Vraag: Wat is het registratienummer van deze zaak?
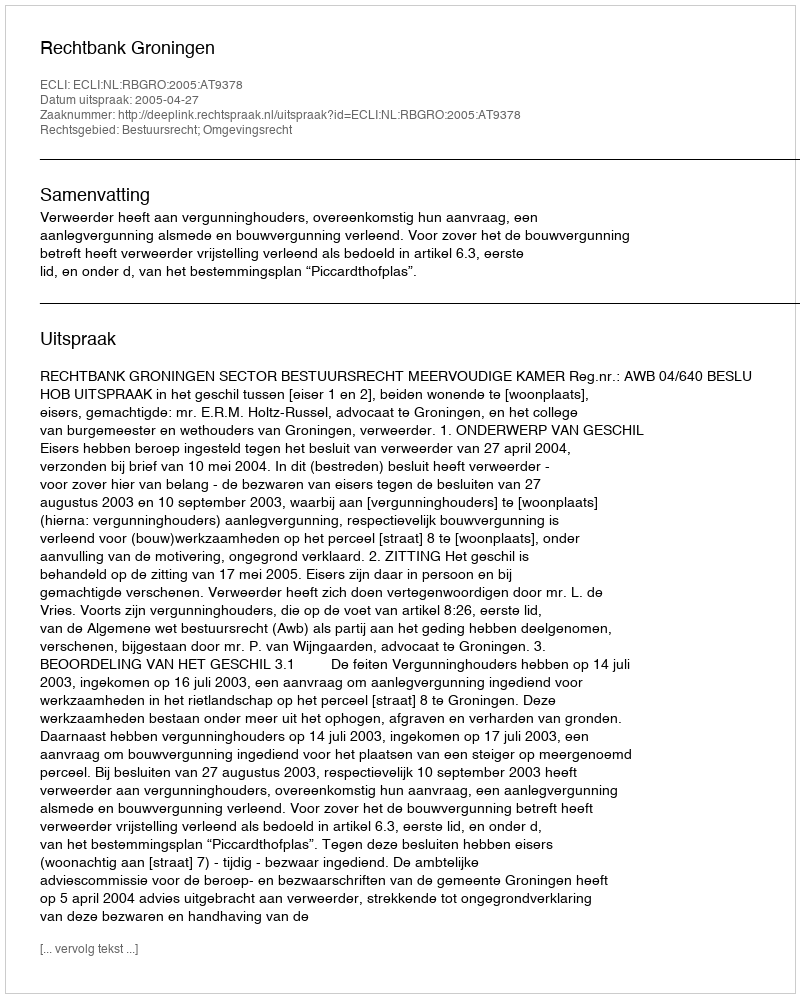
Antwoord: http://deeplink.rechtspraak.nl/uitspraak?id=ECLI:NL:RBGRO:2005:AT9378